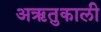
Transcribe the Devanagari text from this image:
अऋतुकाली